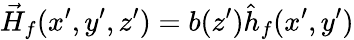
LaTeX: \vec{H}_{f}(x^{\prime},y^{\prime},z^{\prime})=b(z^{\prime})\hat{h}_{f}(x^{\prime},y^{\prime})